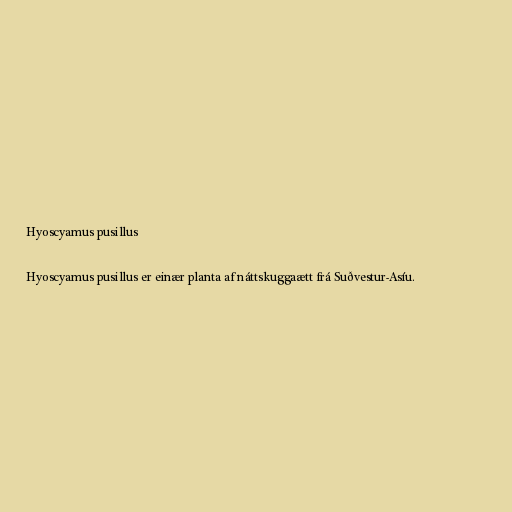
Hyoscyamus pusillus

Hyoscyamus pusillus er einær planta af náttskuggaætt frá Suðvestur-Asíu.